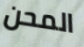
المحن